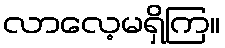
လာလေ့မရှိကြ။